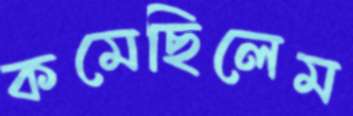
কমেছিলেম